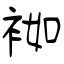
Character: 袽